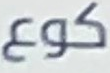
كوع